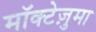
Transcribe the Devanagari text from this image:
मॉक्टेज़ुमा